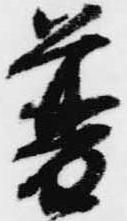
普